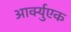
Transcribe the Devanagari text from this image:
आर्क्युएक